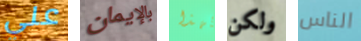
علي بالإيمان بهذا ولكن الناس